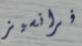
فرانسيز